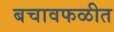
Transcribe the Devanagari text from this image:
बचावफळीत